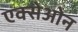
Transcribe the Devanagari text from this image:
एक्सेओन